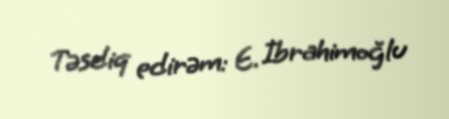
Təsdiq edirəm: E. İbrahimoğlu